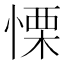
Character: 慄